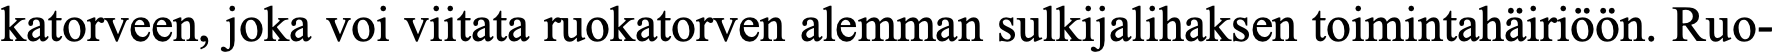
katorveen, joka voi viitata ruokatorven alemman sulkijalihaksen toimintahäiriöön. Ruo-